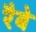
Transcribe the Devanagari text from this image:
रैबे